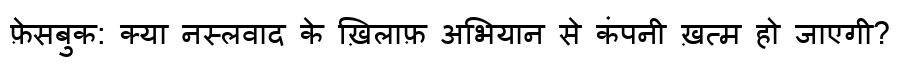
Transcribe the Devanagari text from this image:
फ़ेसबुक: क्या नस्लवाद के ख़िलाफ़ अभियान से कंपनी ख़त्म हो जाएगी?